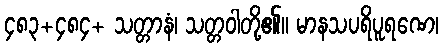
၄၈၃+၄၈၄+ သတ္တာနံ၊ သတ္တဝါတို့၏။ မာနသပရိပူရဏေ၊